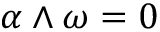
\alpha \wedge \omega = 0